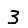
Digit: 3